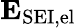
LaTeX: \mathbf{E}_{\mathrm{SEI,el}}